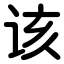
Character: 该